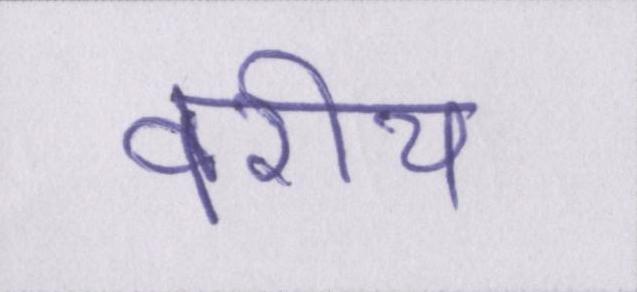
वरीय